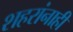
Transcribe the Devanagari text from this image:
शहरांनाही